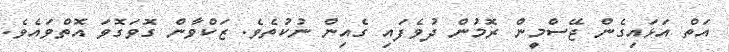
އަތް އަޅައިގެން ޖޭސްމީން ރޮމުން ދުވެފައި ގެއިން ނުކުތެވެ. ޒަކްވާން ގޮވަގޮވަ އޮތްވައެވެ.